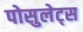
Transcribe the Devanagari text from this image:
पोसुलेट्स